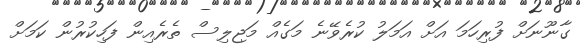
ގާނޫނަށް ފުރިހަމަ އަށް އަމަލު ކުރެވޭނެ މަގެއް މަޖިލިސް ތެރެއިން ފަހިކުރުން ކަމަށް